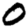
Digit: 0